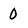
Character: 0